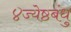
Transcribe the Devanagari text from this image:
४ज्येष्ठबंधु